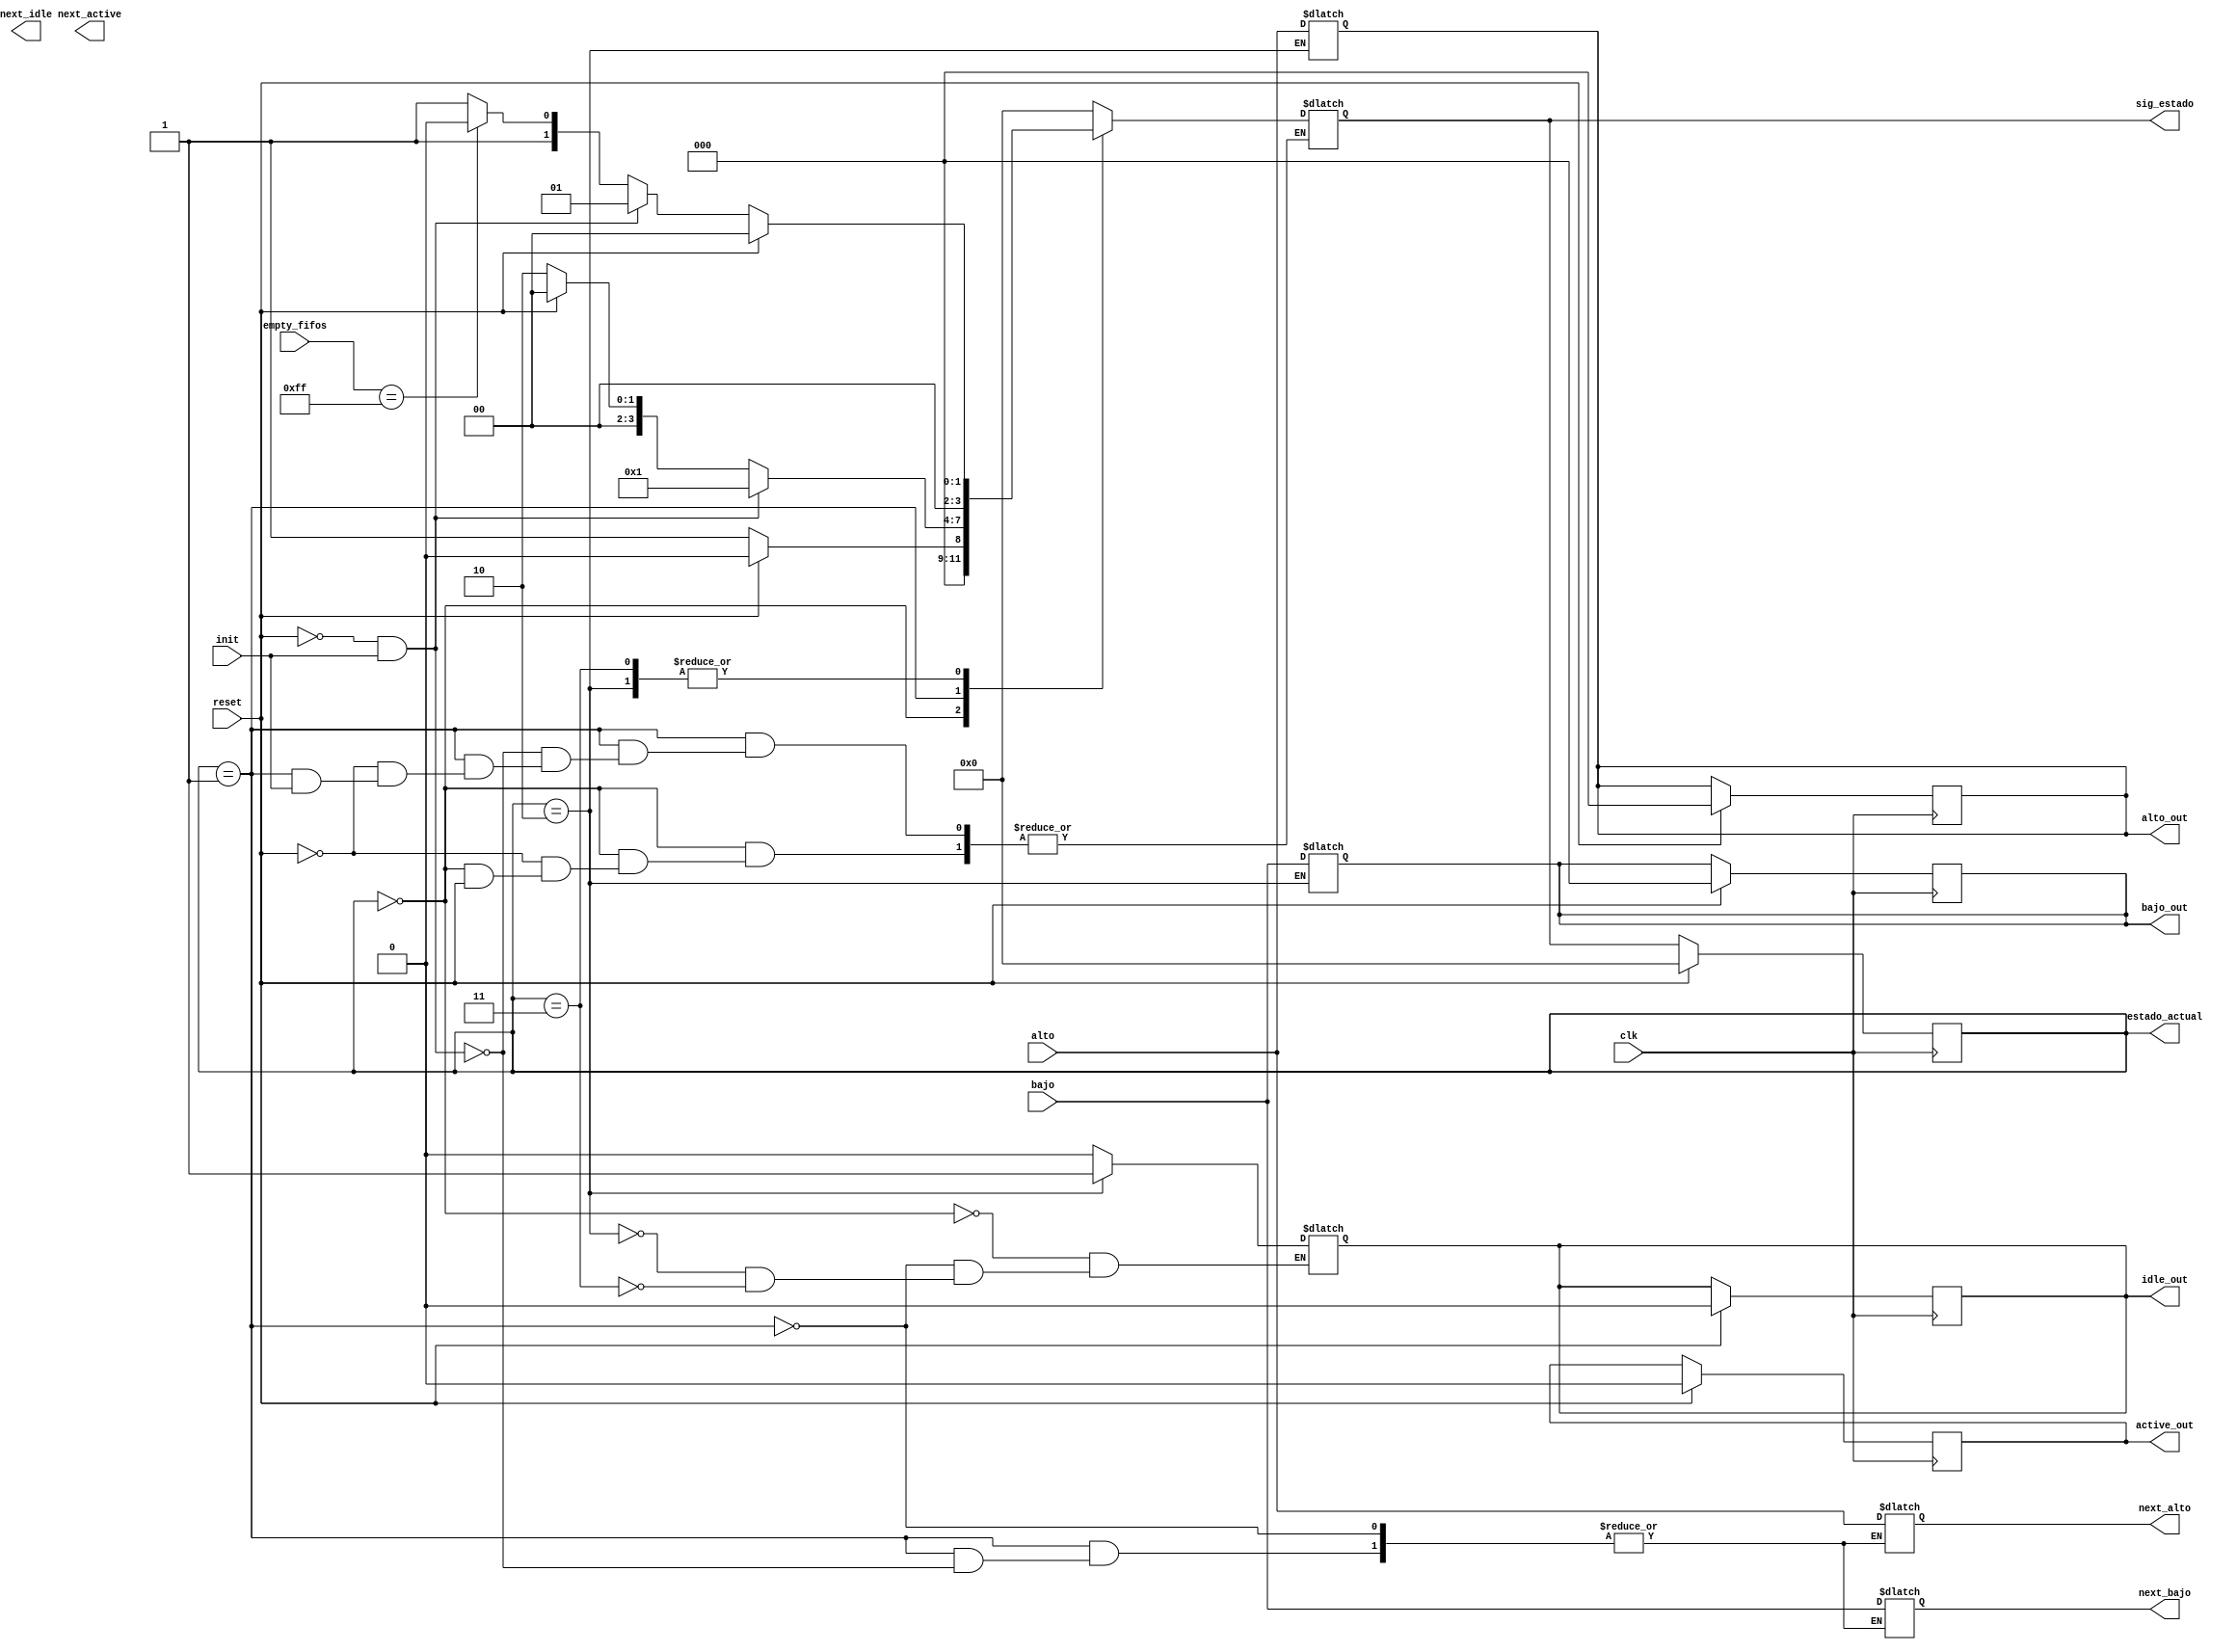
module maquinaEstados(

    input clk,
    input reset,
    input init,

    //Umbrales

    input   [2:0]   bajo,                   //umbral bajo
    input   [2:0]   alto,                   //umbral alto

    output reg [3:0]    estado_actual,         //
    output reg [3:0]    sig_estado,

    input [7:0] empty_fifos,

    output reg  active_out,
    output reg  next_active,
    output reg  idle_out,
    output reg  next_idle,

    output reg  [2:0]   bajo_out,                  
    output reg  [2:0]   alto_out,

    output reg  [2:0]   next_bajo,                  
    output reg  [2:0]   next_alto                  
    
);


/************************** ESTADOS ONE HOT ******************************/

    parameter RESET =       4'b0000; //1
    parameter INIT =        4'b0001; //2
    parameter IDLE =        4'b0010; //3
    parameter ACTIVE =      4'b0011; //4

/***********************************************************************/
    reg [7:0] FIFO_empties;

    always @(posedge clk) begin
        if (reset == 1) 
        begin
            
            estado_actual   <= RESET;
            active_out      <= 0;
            idle_out        <= 0;
            bajo_out        <= 0;
            alto_out        <= 0;
            
        end

        else begin
            
            estado_actual = sig_estado;
            
        end
    end


    always @(*) begin
        // Unir errores y empities de FIFOS:
        FIFO_empties[0] = empty_fifos[0]; 
        FIFO_empties[1] = empty_fifos[1]; 
        FIFO_empties[2] = empty_fifos[2]; 
        FIFO_empties[3] = empty_fifos[3]; 
        FIFO_empties[4] = empty_fifos[4]; 
        FIFO_empties[5] = empty_fifos[5]; 
        FIFO_empties[6] = empty_fifos[6]; 
        FIFO_empties[7] = empty_fifos[7];

        case(estado_actual)
            //SEAL RESET VIENE DEL PROBADOR
            RESET:begin 

                idle_out = 0;
                    
                if (reset == 0) begin
                    sig_estado = INIT;
                end  
                if (reset == 1) begin    
                    sig_estado = RESET;
                end
                    
            end 
            //SEAL INIT VIENE DEL PROBADOR
            INIT: begin 

                idle_out = 0;
                bajo_out = bajo_out;
                alto_out = alto_out;

                //Comento esto para ver si aca se produce el error
                if (!init) begin
                    sig_estado = IDLE;
                end
                if (reset) begin
                    sig_estado = RESET;  
                end
                if (!reset && init)begin
                    next_alto = alto;
                    next_bajo = bajo;
                    sig_estado = INIT; 
                end 

            end 
            //SEAL IDLE VIENE DEL PROBADOR
            IDLE: begin

                idle_out = 1;
                alto_out = alto;
                bajo_out = bajo;
                if (reset == 1) begin
                    sig_estado = RESET;
                end
                else if (!reset && init) begin
                    sig_estado = INIT;
                end
                else if (FIFO_empties == 8'b11111111) begin
                    sig_estado = IDLE;
                end                  
                else begin
                    sig_estado = ACTIVE;
                end
            end
            //SEAL ACTIVE VIENE DEL PROBADOR
            ACTIVE: begin 

                idle_out = 0;
                bajo_out = bajo_out;
                alto_out = alto_out;

                if (reset == 1) begin
                    sig_estado = RESET;
                end
                else if (!reset && init)begin
                    sig_estado = INIT;
                end

                else if(FIFO_empties==  8'b11111111 )begin   
                    sig_estado = IDLE;
                end
                else begin
                    sig_estado = ACTIVE;
                end
            end
            

            default: 
                begin
                    sig_estado = RESET;
                end 
        
        endcase    
    end
    
endmodule